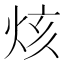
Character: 烗